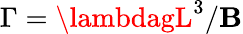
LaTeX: \Gamma={\lambdagL^{3}}/{\mathbf{B}}